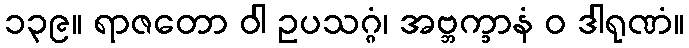
၁၃၉။ ရာဇတော ဝါ ဥပသဂ္ဂံ၊ အဗ္ဘက္ခာနံ ဝ ဒါရုဏံ။